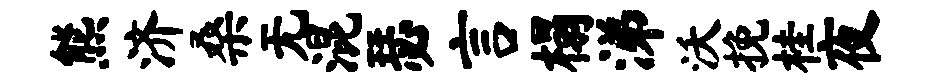
熊济桑无混瑟言榻涕沃挽桂夜